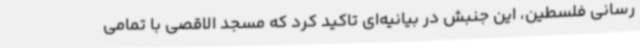
رسانی فلسطین، این جنبش در بیانیه‌ای تاکید کرد که مسجد الاقصی با تمامی